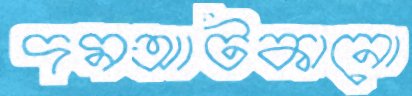
দমআটকানো